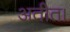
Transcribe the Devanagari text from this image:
अतीत।